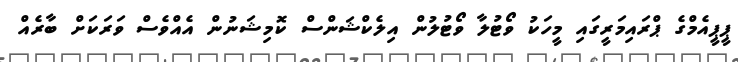
ޕީޕީއެމްގެ ޕްރައިމަރީގައި މީހަކު ވޯޓުލާ ވޯޓުލުން އިލެކްޝަންސް ކޮމިޝަނުން އެއްވެސް ވަރަކަށް ބާރެއް